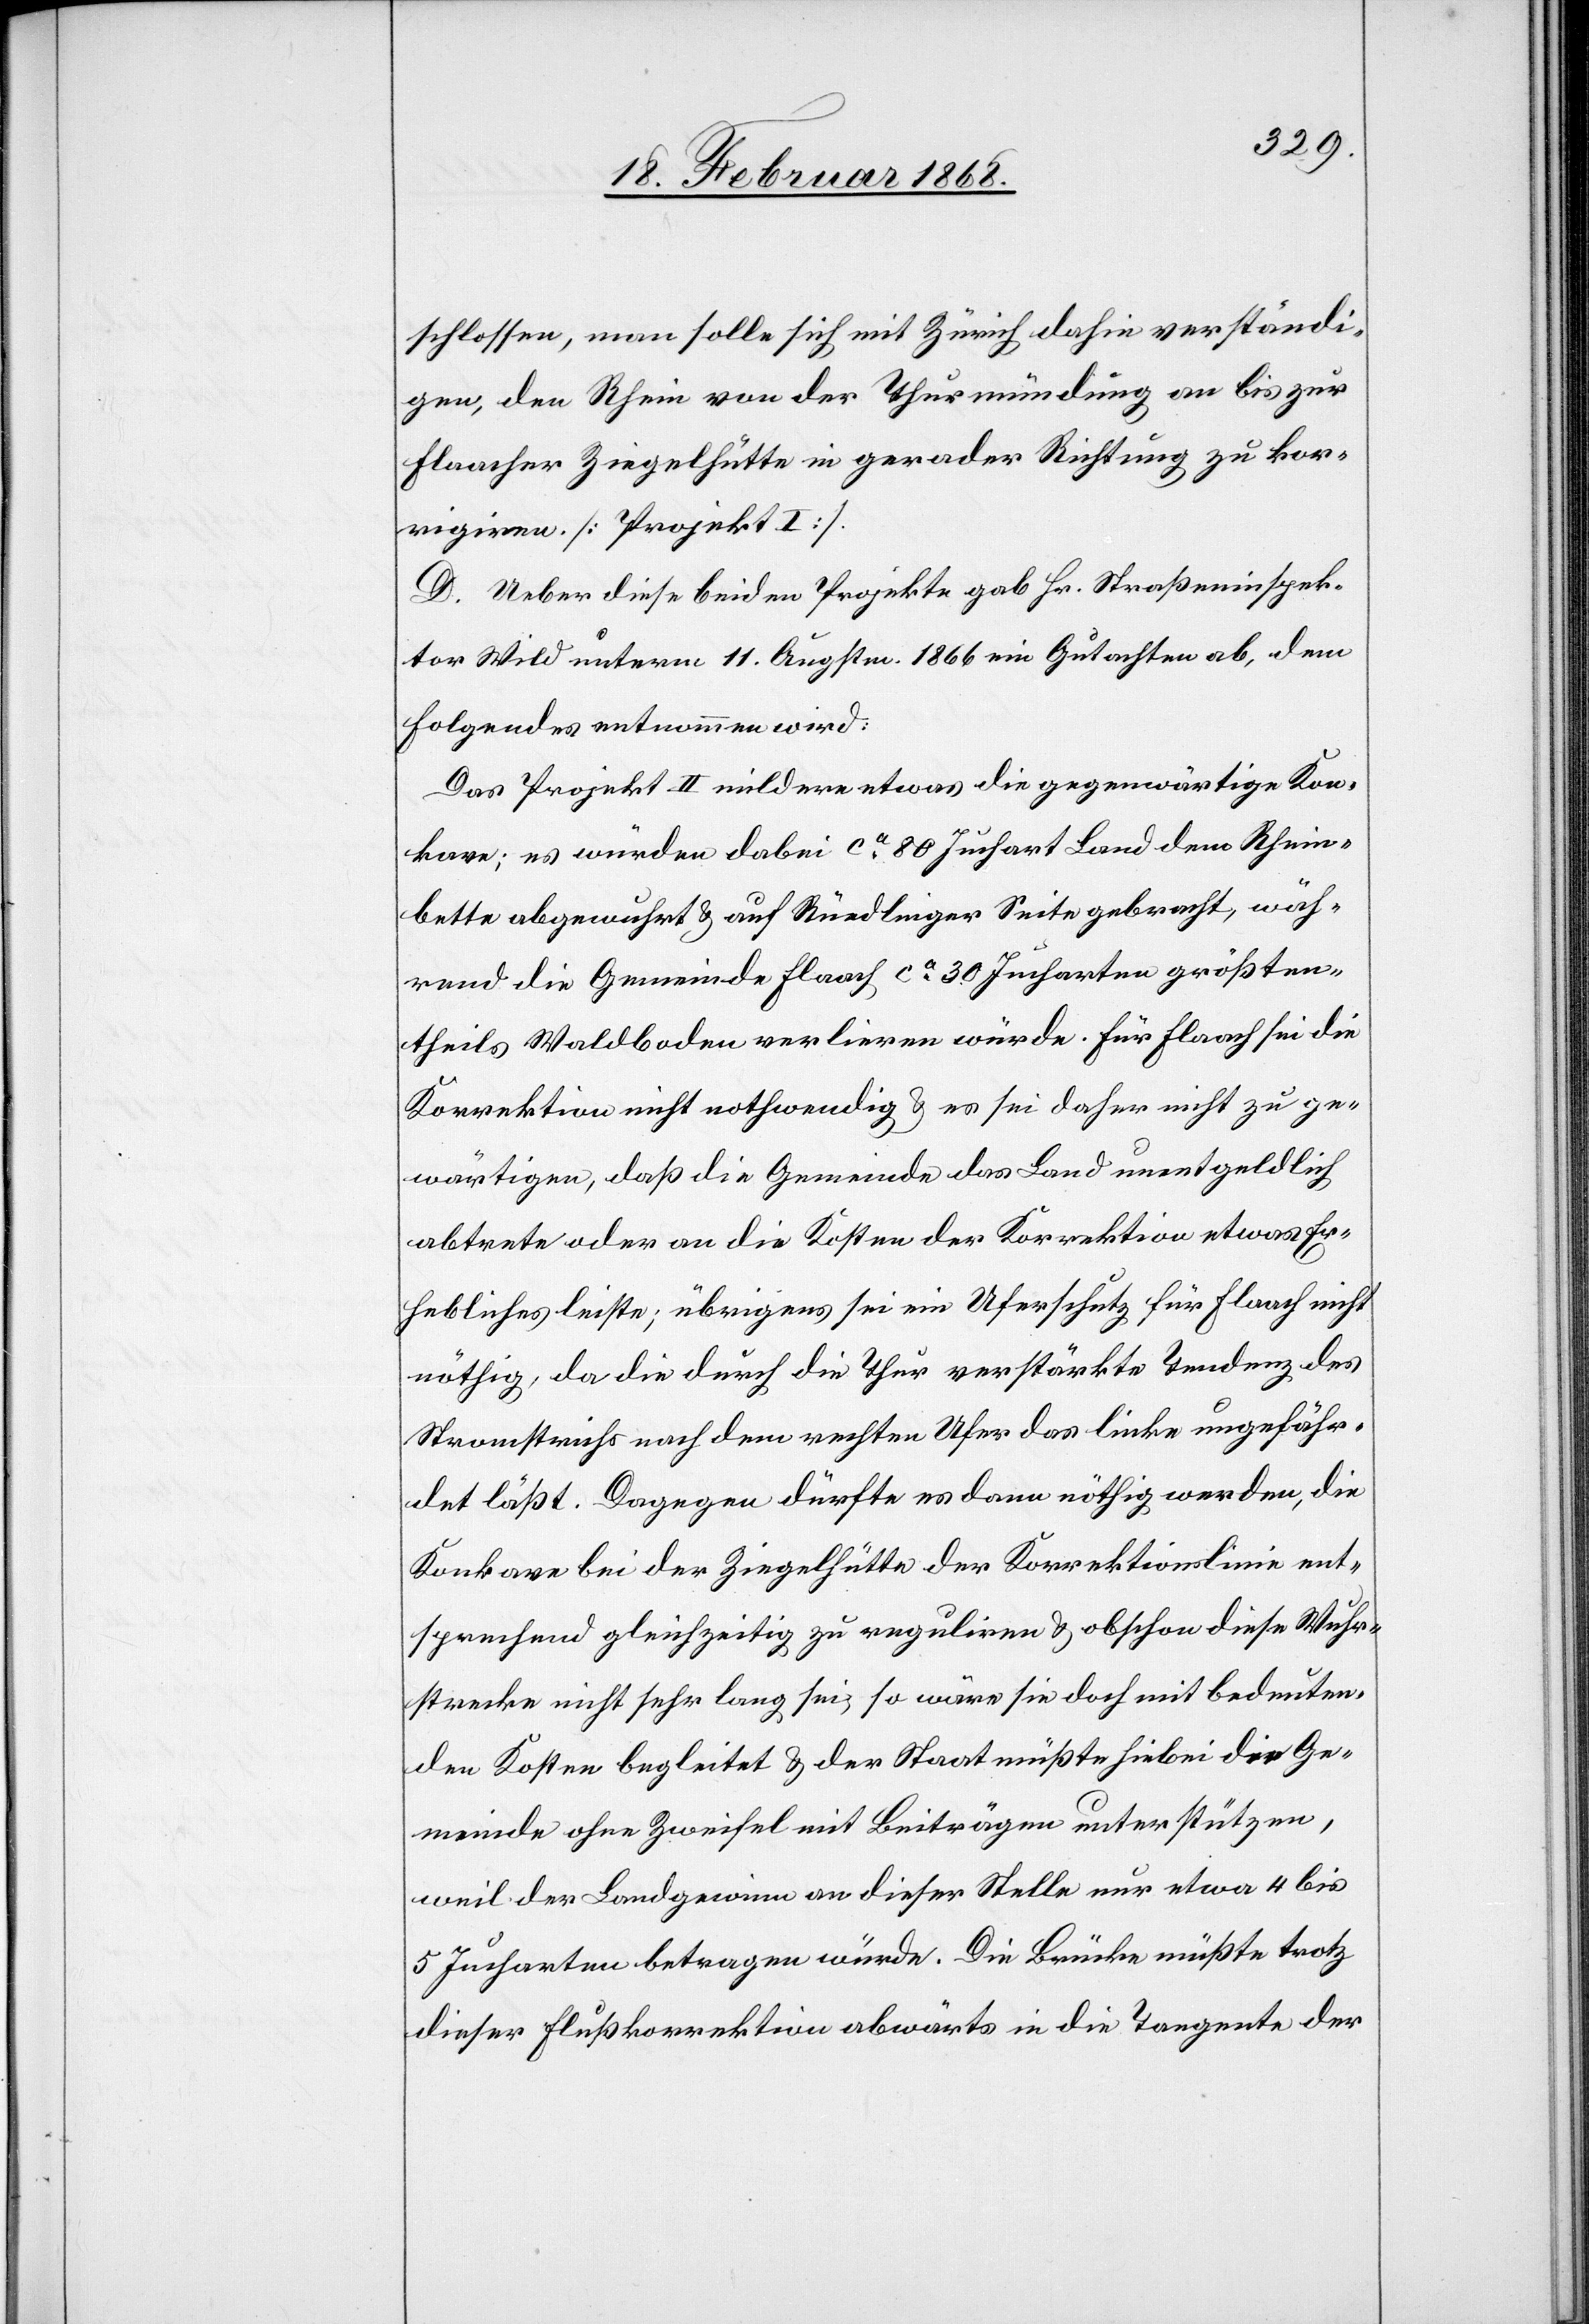
schlossen, man solle sich mit Zürich dahin verständi¬
gen, den Rhein von der Thurmündung an bis zur
Flaacher Ziegelhütte in gerader Richtung zu kor¬
rigiren [Projekt I].
D. Ueber diese beiden Projekte gab Hr. Straßeninspek¬
tor Wild unterm 11. Augstm. 1866 ein Gutachten ab, dem
Folgendes entnommen wird:
Das Projekt II mildere etwas die gegenwärtige Kon¬
kave; es würden dabei ca. 80 Juchart Land dem Rhein¬
bette abgewuhrt & auf Rüedlinger Seite gebracht, wäh¬
rend die Gemeinde Flaach ca. 30 Jucharten größten¬
theils Waldboden verlieren würde. Für Flaach sei die
Korrektion nicht nothwendig & es sei daher nicht zu ge¬
wärtigen, daß die Gemeinde das Land unentgeldlich
abtrete oder an die Kosten der Korrektion etwas Er¬
hebliches leiste; übrigens sei ein Uferschutz für Flaach nicht
nöthig, da die durch die Thur verstärkte Tendenz des
Stromstrichs nach dem rechten Ufer das linke ungefähr¬
det läßt. Dagegen dürfte es dann nöthig werden, die
Konkave bei der Ziegelhütte der Korrektionslinie ent¬
sprechend gleichzeitig zu reguliren & obschon diese Wuhr¬
strecke nicht sehr lang sei, so wäre sie doch mit bedeuten¬
den Kosten begleitet & der Staat müßte hiebei die Ge¬
meinde ohne Zweifel mit Beiträgen unterstützen,
weil der Landgewinn an dieser Stelle nur etwa 4 bis
5 Jucharten betragen würde. Die Brücke müßte trotz
dieser Flußkorrektion abwärts in die Tangente der